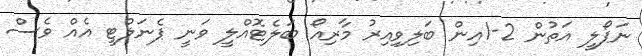
ނަޕޯލީ އަތުން 2-1އިން ބަލިވިއިރު މާރިއޯ ބަލެޓޮއްލީ ވަނީ ޕެނަލްޓީ އެއް ވެސް